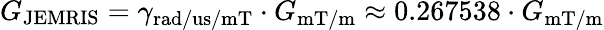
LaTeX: G_{\mathrm{JEMRIS}}=\gamma_{\mathrm{rad/us/mT}}\cdot G_{\mathrm{mT/m}}\approx 0.267538\cdot G_{\mathrm{mT/m}}